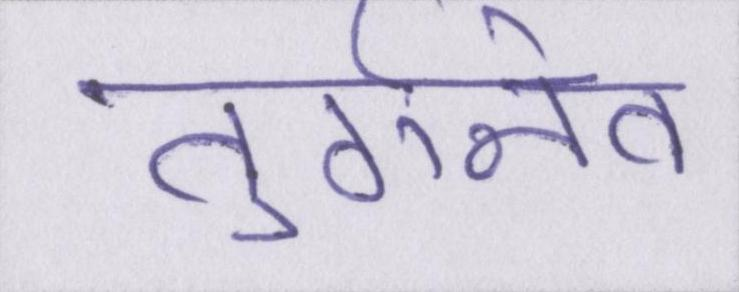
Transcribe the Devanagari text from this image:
तुर्गनेव